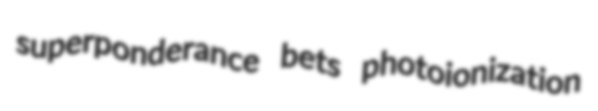
superponderance bets photoionization